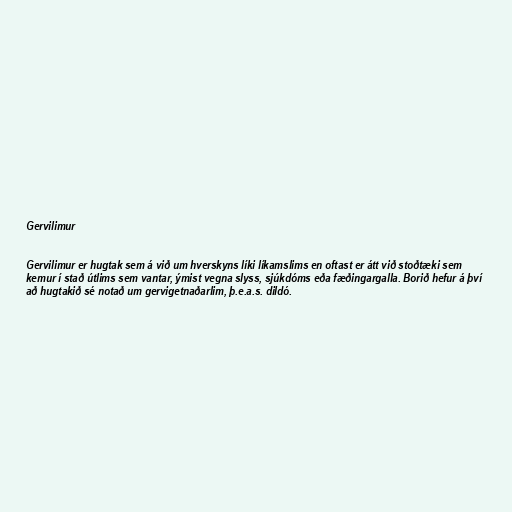
Gervilimur

Gervilimur er hugtak sem á við um hverskyns líki líkamslims en oftast er átt við stoðtæki sem
kemur í stað útlims sem vantar, ýmist vegna slyss, sjúkdóms eða fæðingargalla. Borið hefur á því
að hugtakið sé notað um gervigetnaðarlim, þ.e.a.s. dildó.